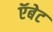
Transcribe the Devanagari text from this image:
ऍबेट